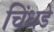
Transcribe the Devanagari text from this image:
चिंधडे